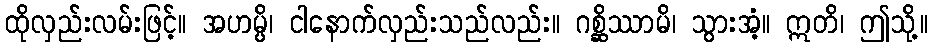
ထိုလှည်းလမ်းဖြင့်။ အဟမ္ပိ၊ ငါနောက်လှည်းသည်လည်း။ ဂစ္ဆိဿာမိ၊ သွားအံ့။ ဣတိ၊ ဤသို့။